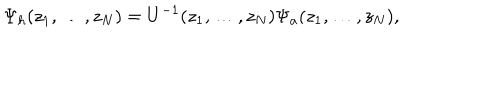
\Psi _ { h } ( z _ { 1 } , \dots , z _ { N } ) = U ^ { - 1 } ( z _ { 1 } , \dots , z _ { N } ) \Psi _ { a } ( z _ { 1 } , \dots , z _ { N } ) ,